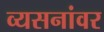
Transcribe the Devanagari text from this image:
व्यसनांवर